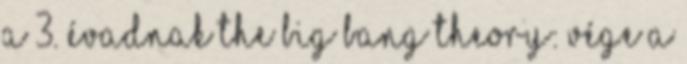
a 3. évadnak The Big Bang Theory: vége a